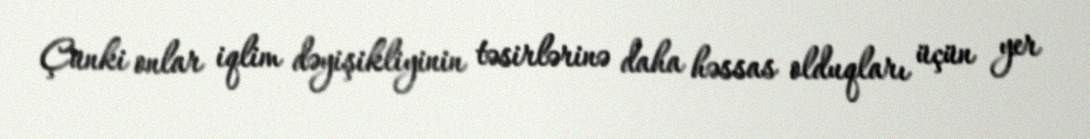
Çünki onlar iqlim dəyişikliyinin təsirlərinə daha həssas olduqları üçün yer